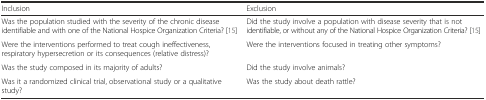
<table><thead><tr><td><b>Inclusion</b></td><td><b>Exclusion</b></td></tr></thead><tbody><tr><td>Was the population studied with the severity of the chronic disease identifiable and with one of the National Hospice Organization Criteria? [15]</td><td>Did the study involve a population with disease severity that is not identifiable, or without any of the National Hospice Organization Criteria? [15]</td></tr><tr><td>Were the interventions performed to treat cough ineffectiveness, respiratory hypersecretion or its consequences (relative distress)?</td><td>Were the interventions focused in treating other symptoms?</td></tr><tr><td>Was the study composed in its majority of adults?</td><td>Did the study involve animals?</td></tr><tr><td>Was it a randomized clinical trial, observational study or a qualitative study?</td><td>Was the study about death rattle?</td></tr></tbody></table>